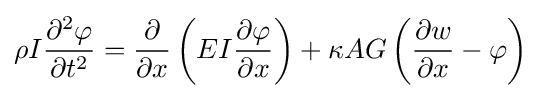
\rho I{\frac {\partial ^{2}\varphi }{\partial t^{2}}}={\frac {\partial }{\partial x}}\left(EI{\frac {\partial \varphi }{\partial x}}\right)+\kappa AG\left({\frac {\partial w}{\partial x}}-\varphi \right)